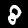
Digit: 8